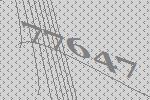
77647